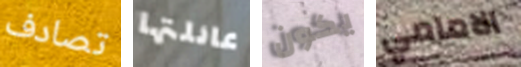
تصادف عائلتها يكون الامامي